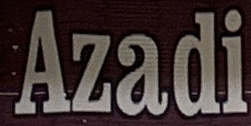
Azadi